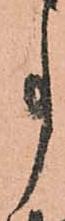
事